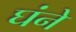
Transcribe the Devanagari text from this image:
घंने